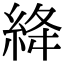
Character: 絳